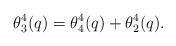
LaTeX: \begin{align*} \theta_{3}^{4}(q) = \theta_{4}^{4}(q) + \theta_{2}^{4}(q). \end{align*}